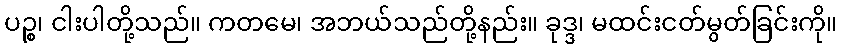
ပဉ္စ၊ ငါးပါတို့သည်။ ကတမေ၊ အဘယ်သည်တို့နည်း။ ခုဒ္ဒ၊ မထင်းငတ်မွတ်ခြင်းကို။